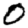
Digit: 0